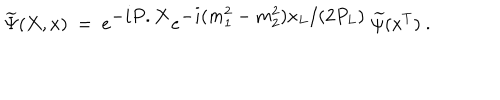
\widetilde \Psi ( X , x ) \ = \ e ^ { { \displaystyle - i P . X } } e ^ { { \displaystyle - i ( m _ { 1 } ^ { 2 } - m _ { 2 } ^ { 2 } ) x _ { L } / ( 2 P _ { L } ) } } \ \widetilde \psi ( x ^ { T } ) \ .